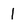
Character: 1